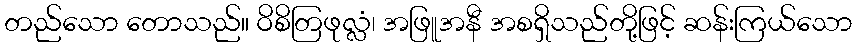
တည်သော တောသည်။ ဝိစိတြဖုလ္လံ၊ အဖြူအနီ အစရှိသည်တို့ဖြင့် ဆန်းကြယ်သော